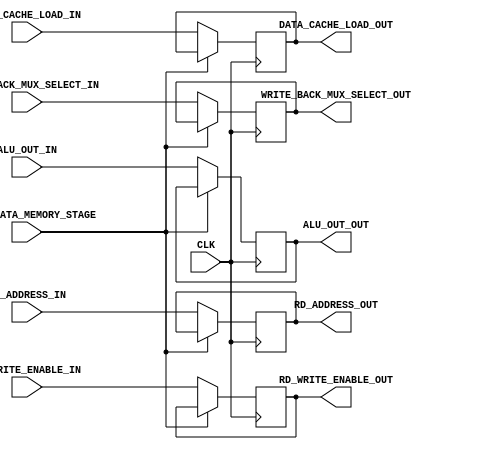
`timescale 1ns / 1ps
//////////////////////////////////////////////////////////////////////////////////
// Company: 
// 
// Design Name: 
// Module Name:     DATA_MEMORY_STAGE
// Project Name:    RISC-V
// Target Devices: 
// Tool Versions: 
// Description: 
// 
// Dependencies: 
// 
// Revision:
// Revision 0.01 - File Created
// Additional Comments:
// 
//////////////////////////////////////////////////////////////////////////////////


module DATA_MEMORY_STAGE #(
        parameter   DATA_WIDTH              = 32        ,
        parameter   REG_ADD_WIDTH           = 5         ,
        parameter   D_CACHE_LW_WIDTH        = 3         ,
        
        parameter   HIGH                    = 1'b1      ,
        parameter   LOW                     = 1'b0
    ) (
        input                                   CLK                         ,
        input                                   STALL_DATA_MEMORY_STAGE     ,
        input   [REG_ADD_WIDTH - 1      : 0]    RD_ADDRESS_IN               ,
        input   [DATA_WIDTH - 1         : 0]    ALU_OUT_IN                  ,
        input   [D_CACHE_LW_WIDTH - 1   : 0]    DATA_CACHE_LOAD_IN          ,
        input                                   WRITE_BACK_MUX_SELECT_IN    ,
        input                                   RD_WRITE_ENABLE_IN          ,
        output  [REG_ADD_WIDTH - 1      : 0]    RD_ADDRESS_OUT              ,
        output  [DATA_WIDTH - 1         : 0]    ALU_OUT_OUT                 ,
        output  [D_CACHE_LW_WIDTH - 1   : 0]    DATA_CACHE_LOAD_OUT         ,
        output                                  WRITE_BACK_MUX_SELECT_OUT   ,
        output                                  RD_WRITE_ENABLE_OUT              
    );
    
    reg     [REG_ADD_WIDTH - 1      : 0]    rd_address_reg                  ;
    reg     [DATA_WIDTH - 1         : 0]    alu_out_reg                     ;
    reg     [D_CACHE_LW_WIDTH - 1   : 0]    data_cache_load_reg             ;
    reg                                     write_back_mux_select_reg       ;
    reg                                     rd_write_enable_reg             ;         
    
    always@(posedge CLK) 
    begin
        if(STALL_DATA_MEMORY_STAGE == LOW)
        begin
            rd_address_reg              <= RD_ADDRESS_IN                    ;
            alu_out_reg                 <= ALU_OUT_IN                       ;
            data_cache_load_reg         <= DATA_CACHE_LOAD_IN               ;
            write_back_mux_select_reg   <= WRITE_BACK_MUX_SELECT_IN         ;
            rd_write_enable_reg         <= RD_WRITE_ENABLE_IN               ;
        end
    end
    
    assign RD_ADDRESS_OUT               = rd_address_reg                    ;
    assign ALU_OUT_OUT                  = alu_out_reg                       ;
    assign DATA_CACHE_LOAD_OUT          = data_cache_load_reg               ;
    assign WRITE_BACK_MUX_SELECT_OUT    = write_back_mux_select_reg         ;
    assign RD_WRITE_ENABLE_OUT          = rd_write_enable_reg               ;
    
endmodule